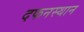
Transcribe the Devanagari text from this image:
दफनस्थान